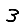
Digit: 3